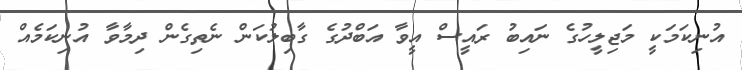
އުނިކަމަކީ މަޖިލީހުގެ ނައިބު ރައީސް އީވާ އަބްދުގެ ގާބިލުކަން ނެތިގެން ދިމާވާ އުނިކަމެއް